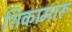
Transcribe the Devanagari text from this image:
शिकामारू